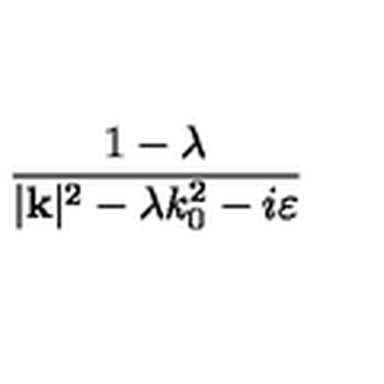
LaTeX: \frac { 1 - \lambda } { | \mathbf { k } | ^ { 2 } - \lambda k _ { 0 } ^ { 2 } - i \varepsilon }